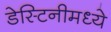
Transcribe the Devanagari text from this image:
डेस्टिनीमध्ये